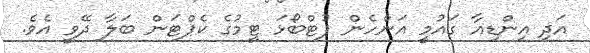
އަދި އިންޑިއާ ގައުމީ އަންހެން ފުޓްބޯޅަ ޓީމުގެ ކެޕްޓަން ބަލާ ދޭވީ އެވެ.